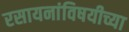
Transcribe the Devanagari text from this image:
रसायनांविषयीच्या